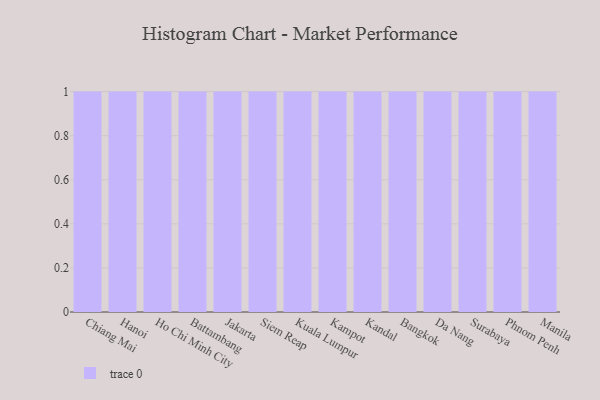
{"axis": {"x": "City", "y": "Energy Usage (MWh)"}, "legend": [""], "data": [{"x": "Chiang Mai", "y": 27, "type": ""}, {"x": "Hanoi", "y": 61, "type": ""}, {"x": "Ho Chi Minh City", "y": 23, "type": ""}, {"x": "Battambang", "y": 98, "type": ""}, {"x": "Jakarta", "y": 3, "type": ""}, {"x": "Siem Reap", "y": 53, "type": ""}, {"x": "Kuala Lumpur", "y": 72, "type": ""}, {"x": "Kampot", "y": 29, "type": ""}, {"x": "Kandal", "y": 3, "type": ""}, {"x": "Bangkok", "y": 45, "type": ""}, {"x": "Da Nang", "y": 43, "type": ""}, {"x": "Surabaya", "y": 45, "type": ""}, {"x": "Phnom Penh", "y": 55, "type": ""}, {"x": "Manila", "y": 48, "type": ""}]}